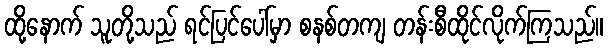
ထို့နောက် သူတို့သည် ရင်ပြင်ပေါ်မှာ စနစ်တကျ တန်းစီထိုင်လိုက်ကြသည်။